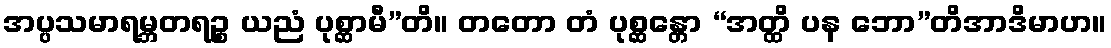
အပ္ပသမာရမ္ဘတရဉ္စ ယညံ ပုစ္ဆာမီ”တိ။ တတော တံ ပုစ္ဆန္တော “အတ္ထိ ပန ဘော”တိအာဒိမာဟ။